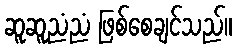
ဆူဆူညံညံ ဖြစ်စေချင်သည်။